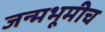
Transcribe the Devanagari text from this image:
जन्मभूमीच